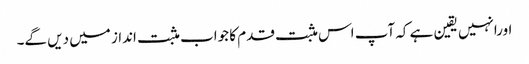
اورانہیں یقین ہے کہ آپ اس مثبت قدم کا جواب مثبت انداز میں دیں گے۔